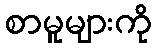
စာမူများကို